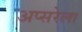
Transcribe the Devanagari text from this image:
अप्सरेला